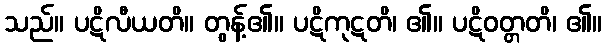
သည်။ ပဋိလီယတိ။ တွန့်၏။ ပဋိကုဋတိ၊ ၏။ ပဋိဝတ္တတိ၊ ၏။